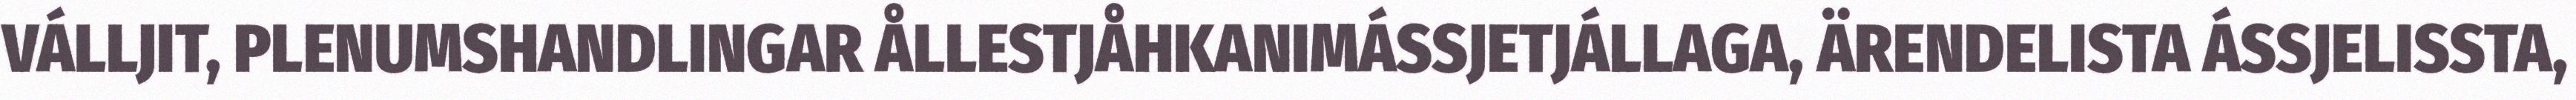
VÁLLJIT, PLENUMSHANDLINGAR ÅLLESTJÅHKANIMÁSSJETJÁLLAGA, ÄRENDELISTA ÁSSJELISSTA,